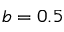
b = 0 . 5